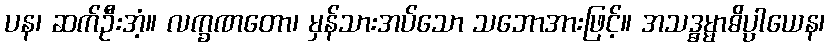
ပန၊ ဆက်ဦးအံ့။ လက္ခဏတော၊ မှန်သားအပ်သော သဘောအားဖြင့်။ အသဒ္ဓမ္မာဓိပ္ပာယေန၊